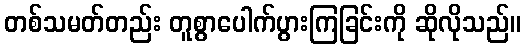
တစ်သမတ်တည်း တူစွာပေါက်ပွားကြခြင်းကို ဆိုလိုသည်။